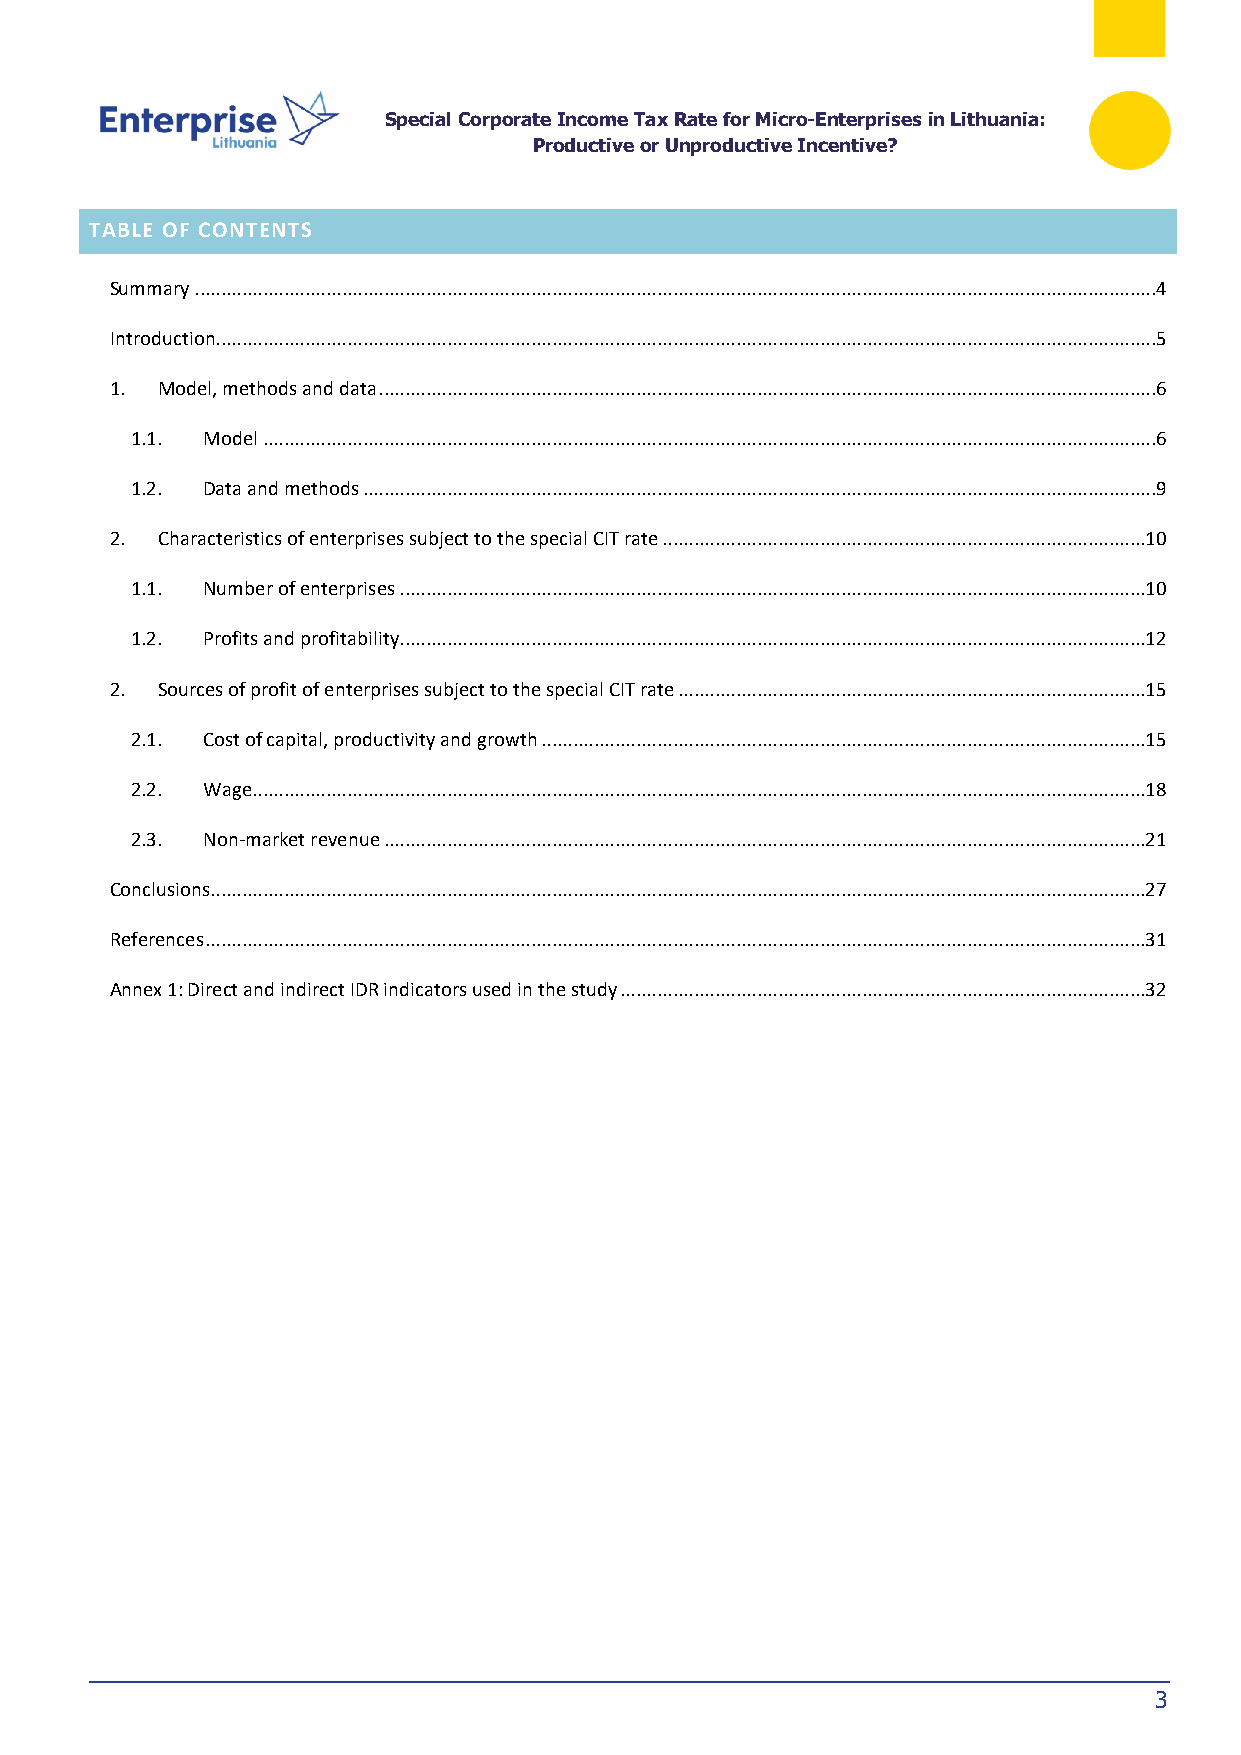
Special Corporate Income Tax Rate for Micro-Enterprises in Lithuania:
 Productive or Unproductive Incentive?
 TABLE OF CONTENTS
 Summary .......................................................................................................................................................................................4
 Introduction...................................................................................................................................................................................5
 1. Model, methods and data ....................................................................................................................................................6
 1.1. Model ..........................................................................................................................................................................6
 1.2. Data and methods .......................................................................................................................................................9
 2. Characteristics of enterprises subject to the special CIT rate ............................................................................................10
 1.1. Number of enterprises ..............................................................................................................................................10
 1.2. Profits and profitability ..............................................................................................................................................12
 2. Sources of profit of enterprises subject to the special CIT rate .........................................................................................15
 2.1. Cost of capital, productivity and growth ...................................................................................................................15
 2.2. Wage..........................................................................................................................................................................18
 2.3. Non-market revenue .................................................................................................................................................21
 Conclusions..................................................................................................................................................................................27
 References ...................................................................................................................................................................................31
 Annex 1: Direct and indirect IDR indicators used in the study ....................................................................................................32
 3